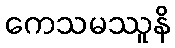
ကေသမဿူနိ